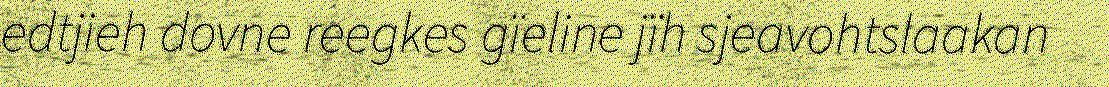
edtjieh dovne reegkes gïeline jïh sjeavohtslaakan